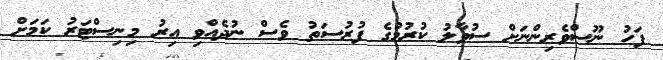
ފަހު ނޫސްވެރިންނަށް ސުވާލު ކުރުމުގެ ފުރުސަތު ވެސް ނުދެއްވި އިރު މިނިސްޓަރު ކަމަށް